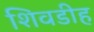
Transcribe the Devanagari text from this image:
शिवडीह